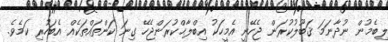
ލިބެމުން ނުދާނަމަ ޤަބޫލުކުރަން ޖެހޭނީ އެމީހަކު އިބްލާޙްކުރަންޖެހޭ ގިނަ ކަންތައްތަކެއް އެބަހުރި ކަމެވެ.